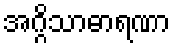
အဂ္ဂိသာဓာရဏာ